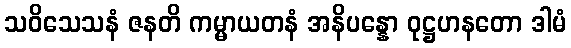
သဝိသေသနံ ဇနတိ ကမ္မာယတနံ အနိပန္နော ဝုဋ္ဌဟနတော ဒါမံ